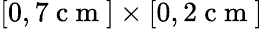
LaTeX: [0,7\mathrm{~c~m~}]\times[0,2\mathrm{~c~m~}]